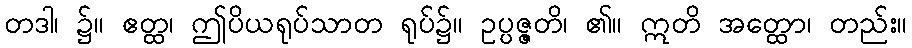
တဒါ၊ ၌။ ဧတ္ထ၊ ဤပိယရုပ်သာတ ရုပ်၌။ ဥပ္ပဇ္ဇတိ၊ ၏။ ဣတိ အတ္ထော၊ တည်း။